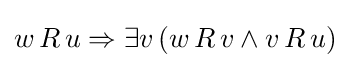
w\,R\,u\Rightarrow \exists v\,(w\,R\,v\land v\,R\,u)